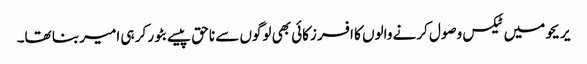
‏ یریحو میں ٹیکس وصول کرنے والوں کا افسر زکائی بھی لوگوں سے ناحق پیسے بٹور کر ہی امیر بنا تھا۔